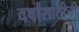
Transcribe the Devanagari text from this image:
वर्षांसाठीची